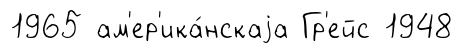
1965 ам'ер'ика́нскаjа Гр'ейс 1948